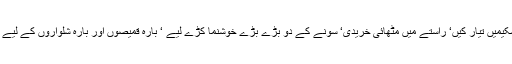
وید کے ہاں سے آتے ہوئے اس نے کئی سکیمیں تیار کیں‘ راستے میں مٹھائی خریدی‘ سونے کے دو بڑے بڑے خوشنما کڑے لیے ‘ بارہ قمیصوں اور بارہ شلواروں کے لیے بہترین کپڑا قیمت ادا کیے بغیر حاصل کیا۔